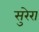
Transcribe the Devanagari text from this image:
सुरेरा